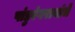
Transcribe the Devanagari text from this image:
पांडुरंगरावांचे